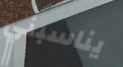
يناسبني